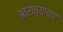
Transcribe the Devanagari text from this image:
आराध्याच्या